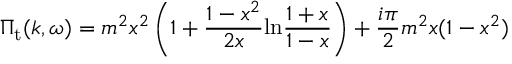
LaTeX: \Pi _ { \mathrm { t } } ( k , \omega ) = m ^ { 2 } x ^ { 2 } \left( 1 + \frac { 1 - x ^ { 2 } } { 2 x } \mathrm { l n } \frac { 1 + x } { 1 - x } \right) + { \frac { i \pi } { 2 } } m ^ { 2 } x ( 1 - x ^ { 2 } )